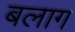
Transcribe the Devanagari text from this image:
बलाग